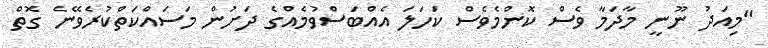
"މިއަދު ނޫނީ މާދަމާ ވެސް ކޮންމެވެސް ކަހަލަ އެއްބަސްވުމެއްގެ ދަށުން މަސައްކަތްކުރެވޭނެ ގޮތް